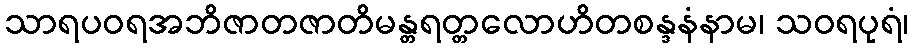
သာရပဝရအဘိဇာတဇာတိမန္တရတ္တလောဟိတစန္ဒနံနာမ၊ သဝရပုရံ၊